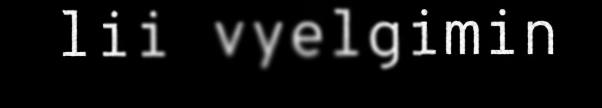
lii vyelgimin